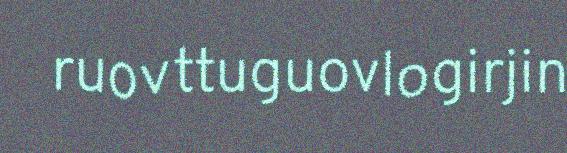
ruovttuguovlogirjin